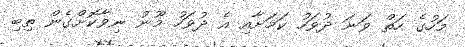
މަހުގެ ހަތް ވަނަ ދުވަހު ކަމަށާއި އެ ދުވަހު މޫނު ނިވާކޮށްގެން ތިބި